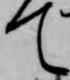
て